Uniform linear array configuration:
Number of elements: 12
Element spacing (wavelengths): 1
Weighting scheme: blackman
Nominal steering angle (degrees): -30
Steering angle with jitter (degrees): -31.245
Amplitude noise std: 0.05
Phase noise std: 0.05

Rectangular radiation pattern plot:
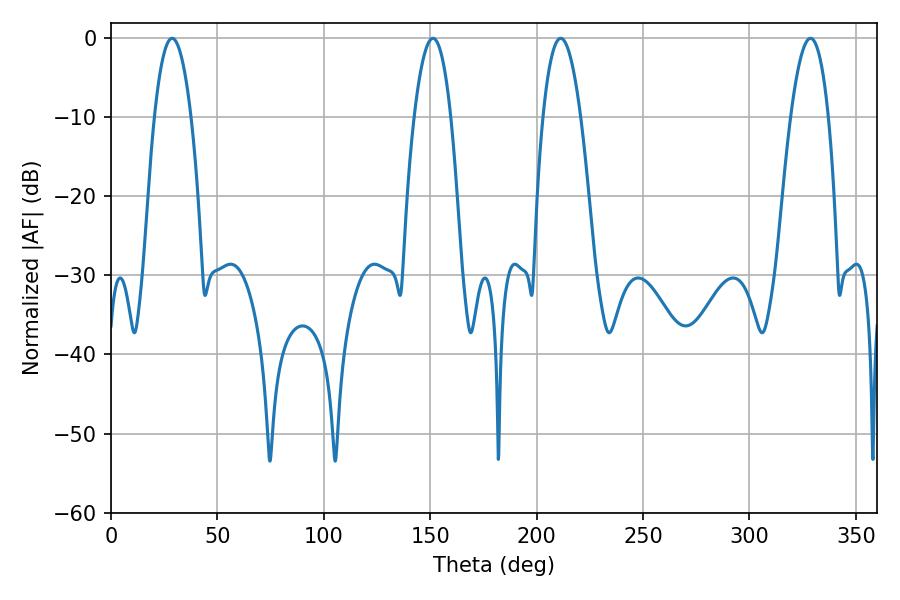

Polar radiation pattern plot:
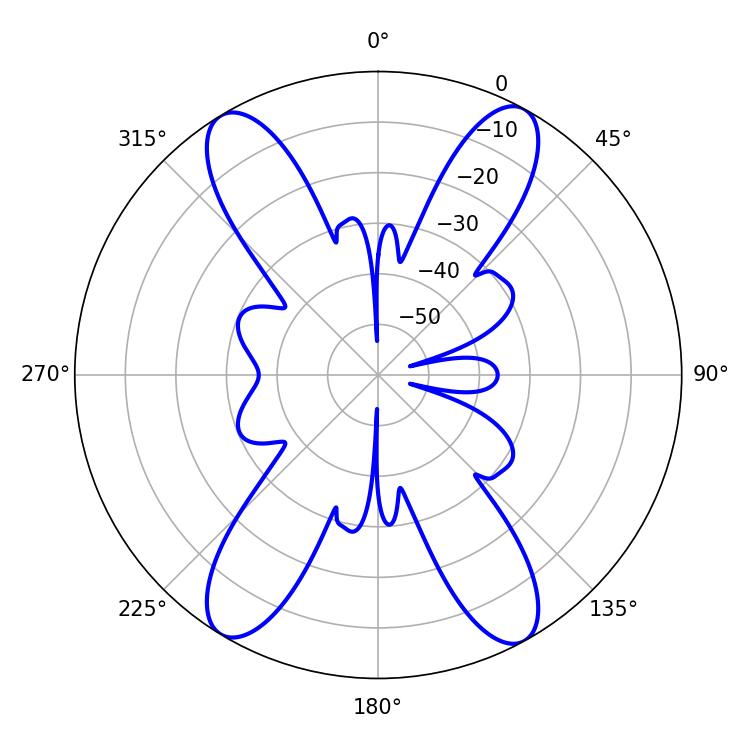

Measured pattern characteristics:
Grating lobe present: TRUE
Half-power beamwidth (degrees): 9.72
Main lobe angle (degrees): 211.32